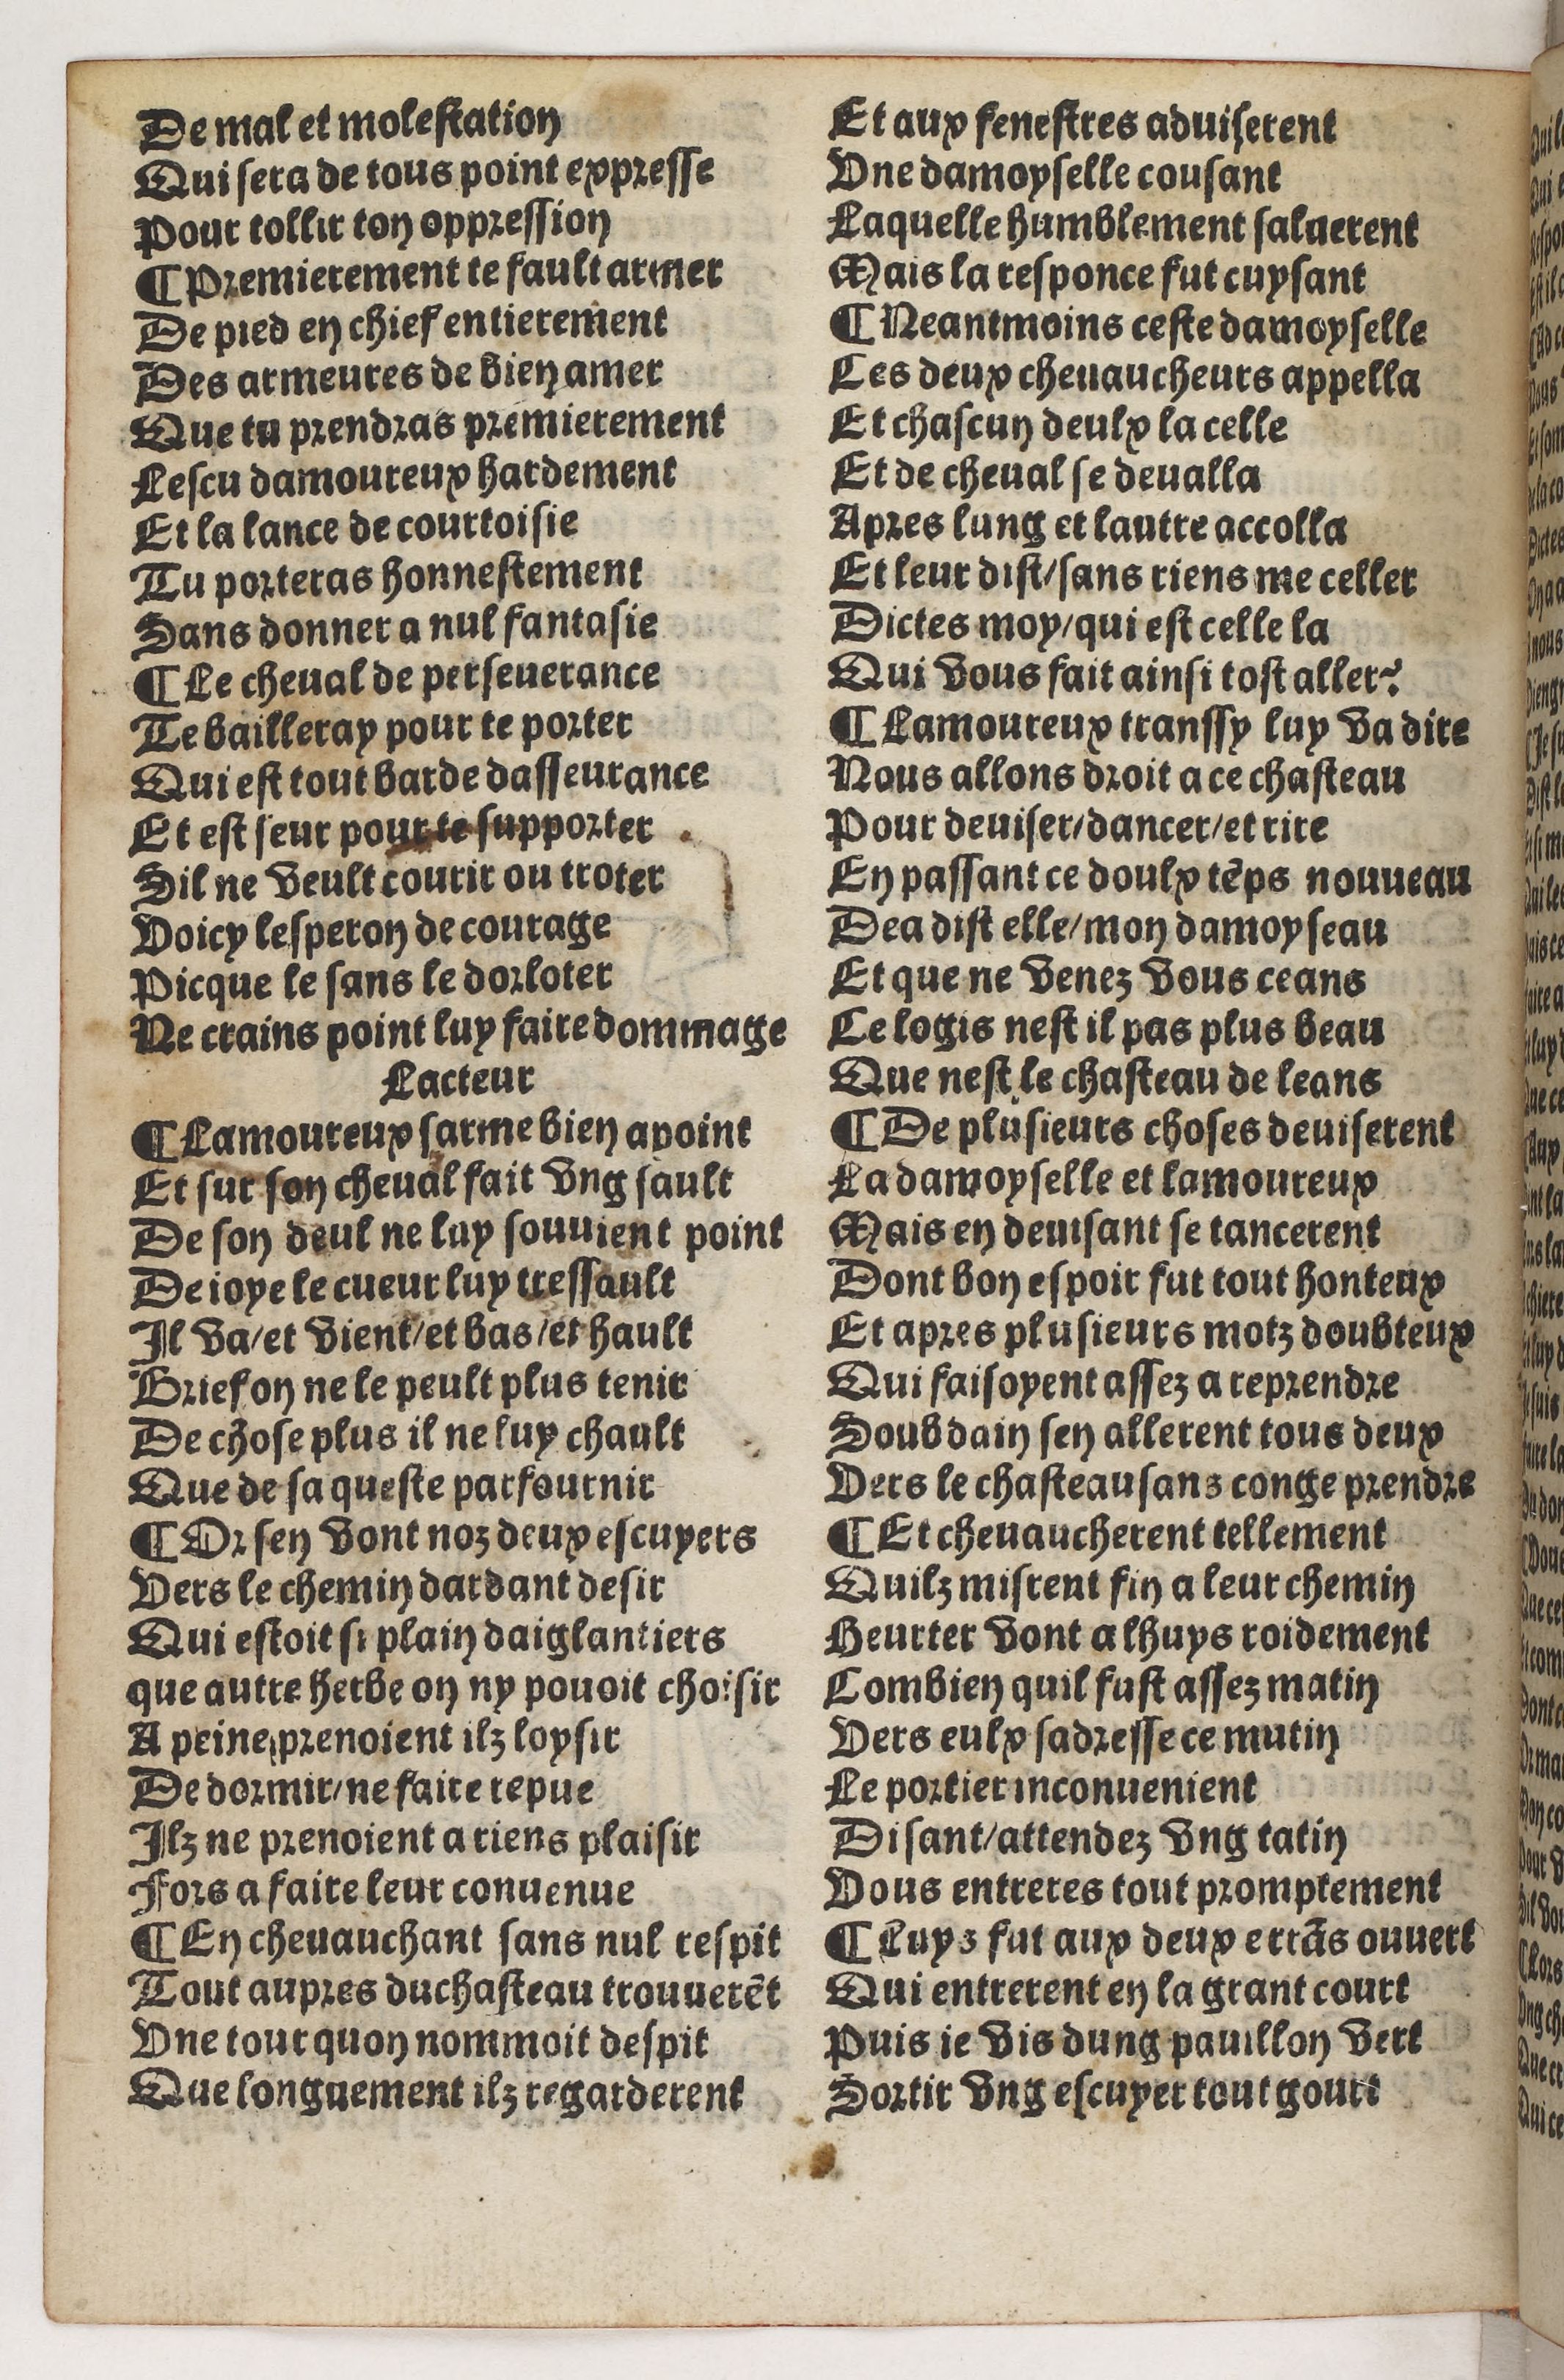
Shelfmark: Paris, BnF, Rés. Y2-930
Century: 15